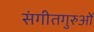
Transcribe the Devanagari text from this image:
संगीतगुरुओं